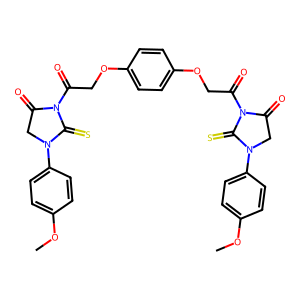
SMILES: COc1ccc(N2CC(=O)N(C(=O)COc3ccc(OCC(=O)N4C(=O)CN(c5ccc(OC)cc5)C4=S)cc3)C2=S)cc1
Inhibits HIV replication: No